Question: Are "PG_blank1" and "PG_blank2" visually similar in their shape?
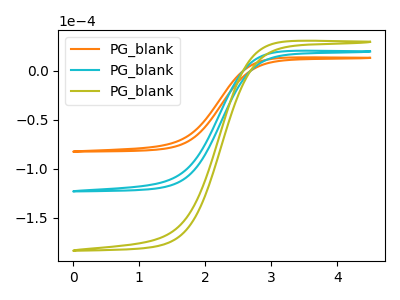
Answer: <think>The orange curve "PG_blank1" has no peaks. The cyan curve "PG_blank2" has no peaks. The olive curve "PG_blank3" has no peaks.
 Neither "PG_blank1" or "PG_blank2" have any peaks.</think>
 <answer>"PG_blank1" and "PG_blank2" are similar in shape.</answer>
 <eval>same_shape</eval>